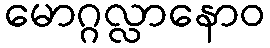
မောဂ္ဂလ္လာနောဝ